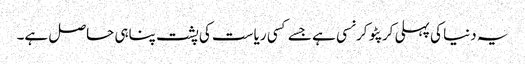
یہ دنیا کی پہلی کرپٹو کرنسی ہے جسے کسی ریاست کی پشت پناہی حاصل ہے۔